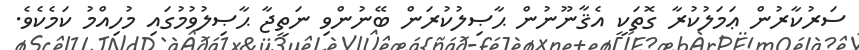
ސަރުކާރުން ޢަމަލުކުރާ ގޮތަކީ އެޤާނޫނުން ޙާޞިލުކުރަން ބޭނުންވި ނަތީޖާ ޙާޞިލުވުމުގައި މުހިއްމު ކަމެކެވެ.